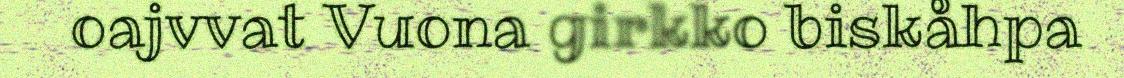
oajvvat Vuona girkko biskåhpa